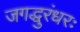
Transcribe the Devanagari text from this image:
जगद्धुरंधरः